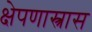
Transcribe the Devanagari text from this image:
क्षेपणास्त्रास